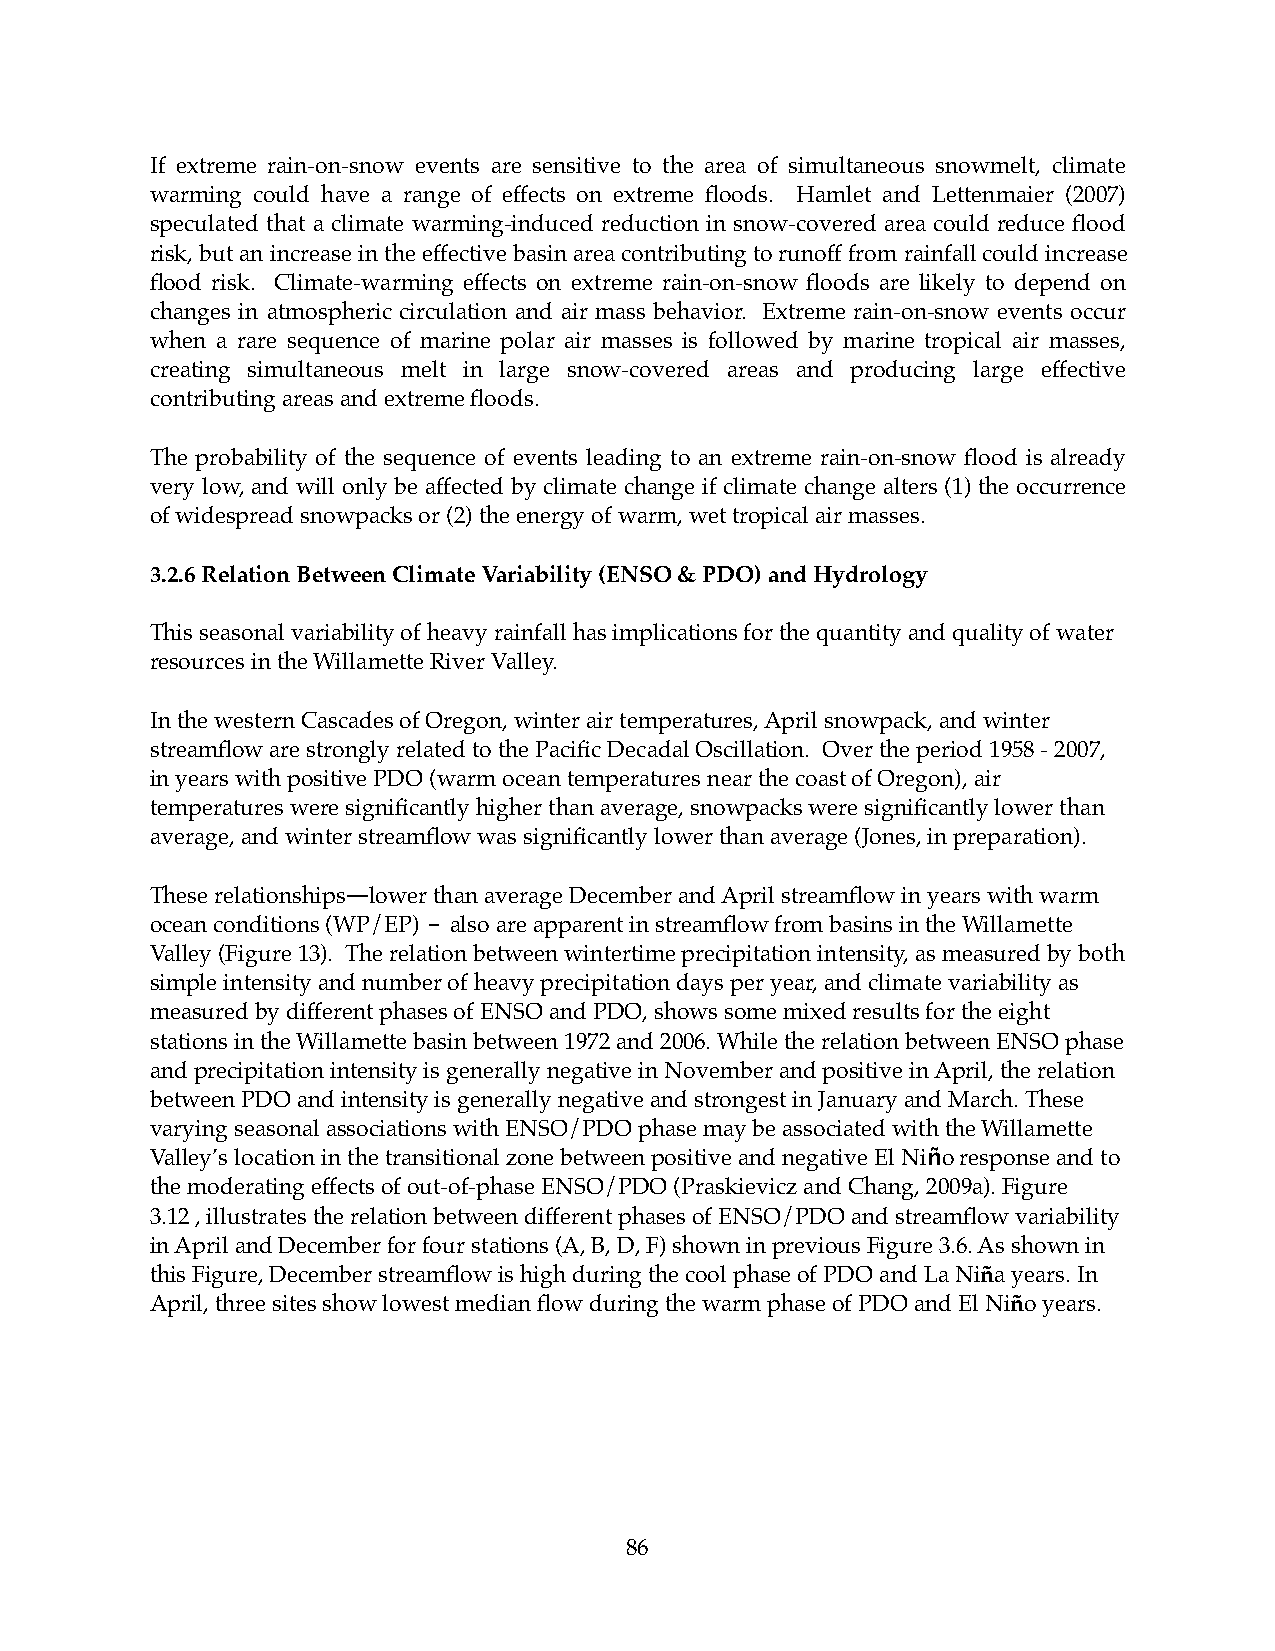
If extreme rain-on-snow events are sensitive to the area of simultaneous snowmelt, climate
 warming could have a range of effects on extreme floods. Hamlet and Lettenmaier (2007)
 speculated that a climate warming-induced reduction in snow-covered area could reduce flood
 risk, but an increase in the effective basin area contributing to runoff from rainfall could increase
 flood risk. Climate-warming effects on extreme rain-on-snow floods are likely to depend on
 changes in atmospheric circulation and air mass behavior. Extreme rain-on-snow events occur
 when a rare sequence of marine polar air masses is followed by marine tropical air masses,
 creating simultaneous melt in large snow-covered areas and producing large effective
 contributing areas and extreme floods.
 The probability of the sequence of events leading to an extreme rain-on-snow flood is already
 very low, and will only be affected by climate change if climate change alters (1) the occurrence
 of widespread snowpacks or (2) the energy of warm, wet tropical air masses.
 3.2.6 Relation Between Climate Variability (ENSO & PDO) and Hydrology
 This seasonal variability of heavy rainfall has implications for the quantity and quality of water
 resources in the Willamette River Valley.
 In the western Cascades of Oregon, winter air temperatures, April snowpack, and winter
 streamflow are strongly related to the Pacific Decadal Oscillation. Over the period 1958 - 2007,
 in years with positive PDO (warm ocean temperatures near the coast of Oregon), air
 temperatures were significantly higher than average, snowpacks were significantly lower than
 average, and winter streamflow was significantly lower than average (Jones, in preparation).
 These relationships!lower than average December and April streamflow in years with warm
 ocean conditions (WP/EP) - also are apparent in streamflow from basins in the Willamette
 Valley (Figure 13). The relation between wintertime precipitation intensity, as measured by both
 simple intensity and number of heavy precipitation days per year, and climate variability as
 measured by different phases of ENSO and PDO, shows some mixed results for the eight
 stations in the Willamette basin between 1972 and 2006. While the relation between ENSO phase
 and precipitation intensity is generally negative in November and positive in April, the relation
 between PDO and intensity is generally negative and strongest in January and March. These
 varying seasonal associations with ENSO/PDO phase may be associated with the Willamette
 Valley’s location in the transitional zone between positive and negative El Niño response and to
 the moderating effects of out-of-phase ENSO/PDO (Praskievicz and Chang, 2009a). Figure
 3.12 , illustrates the relation between different phases of ENSO/PDO and streamflow variability
 in April and December for four stations (A, B, D, F) shown in previous Figure 3.6. As shown in
 this Figure, December streamflow is high during the cool phase of PDO and La Niña years. In
 April, three sites show lowest median flow during the warm phase of PDO and El Niño years.
 86